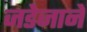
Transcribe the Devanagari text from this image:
जडेजाने